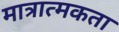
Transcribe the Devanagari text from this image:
मात्रात्मकता